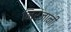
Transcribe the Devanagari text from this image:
निरजानी